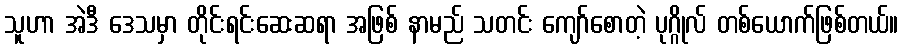
သူဟာ အဲဒီ ဒေသမှာ တိုင်းရင်းဆေးဆရာ အဖြစ် နာမည် သတင်း ကျော်စောတဲ့ ပုဂ္ဂိုလ် တစ်ယောက်ဖြစ်တယ်။